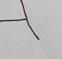
Signature authenticity: forged